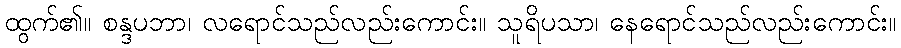
ထွက်၏။ စန္ဒပဘာ၊ လရောင်သည်လည်းကောင်း။ သူရိပသာ၊ နေရောင်သည်လည်းကောင်း။